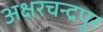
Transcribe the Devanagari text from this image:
अक्षरचन्द्रपुर